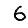
Digit: 6